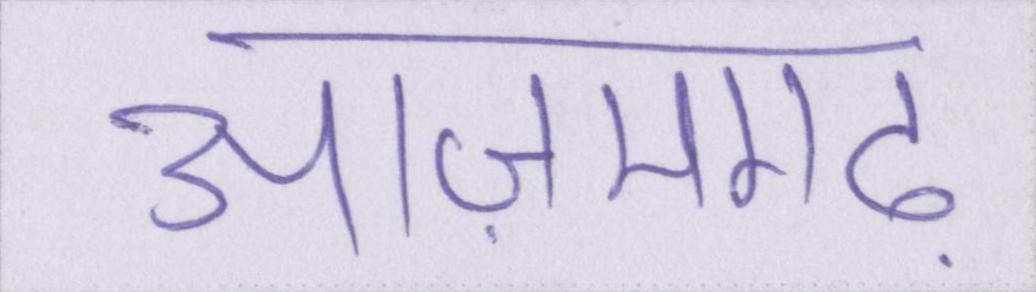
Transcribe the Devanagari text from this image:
आज़मगढ़